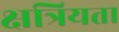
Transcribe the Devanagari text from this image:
क्षत्रियता